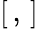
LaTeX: [\, ,\, ]